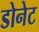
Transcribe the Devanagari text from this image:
डोनेट